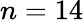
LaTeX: n=14